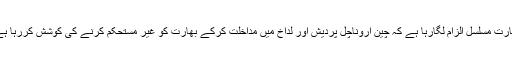
بھارت مسلسل الزام لگارہا ہے کہ چین اروناچل پردیش اور لداخ میں مداخلت کرکے بھارت کو غیر مستحکم کرنے کی کوشش کررہا ہے۔